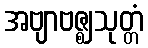
အဗျာဗဇ္ဈသုတ္တံ